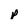
Character: p